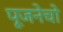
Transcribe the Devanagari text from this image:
पूजनेचो